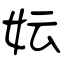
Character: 妘